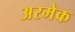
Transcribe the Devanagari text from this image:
अरमेक